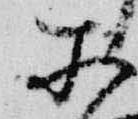
所